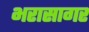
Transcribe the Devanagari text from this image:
भरासागर